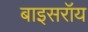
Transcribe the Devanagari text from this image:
बाइसरॉय